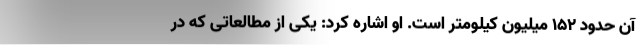
آن حدود ۱۵۲ میلیون کیلومتر است. او اشاره کرد: یکی از مطالعاتی که در